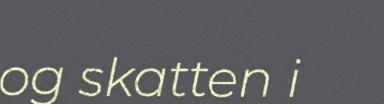
og skatten i